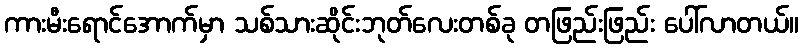
ကားမီးရောင်အောက်မှာ သစ်သားဆိုင်းဘုတ်လေးတစ်ခု တဖြည်းဖြည်း ပေါ်လာတယ်။